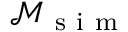
\mathcal { M } _ { \mathrm { ~ s ~ i ~ m ~ } }